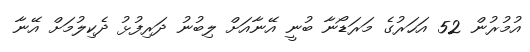
އުމުރުން 52 އަހަރުގެ މަރަޑޯނާ ބުނީ އޭނާއަށް ލިބުނު ދަރިފުޅު ދެކިލުމަށް އޭނާ